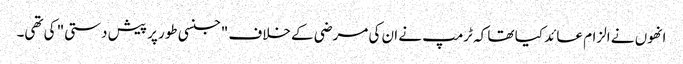
انھوں نے الزام عائد کیا تھا کہ ٹرمپ نے ان کی مرضی کے خلاف "جنسی طور پر پیش دستی" کی تھی۔